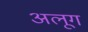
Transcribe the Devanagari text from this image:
अलूग